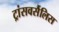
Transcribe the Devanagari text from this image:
ट्रांसवर्सैलिस